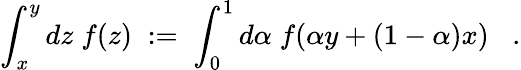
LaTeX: \int_{x}^{y}dz\; f(z)\; :=\; \int_{0}^{1}d\alpha\; f(\alpha y+(1-\alpha)x)\; \; \; .